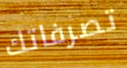
تصرفاتك